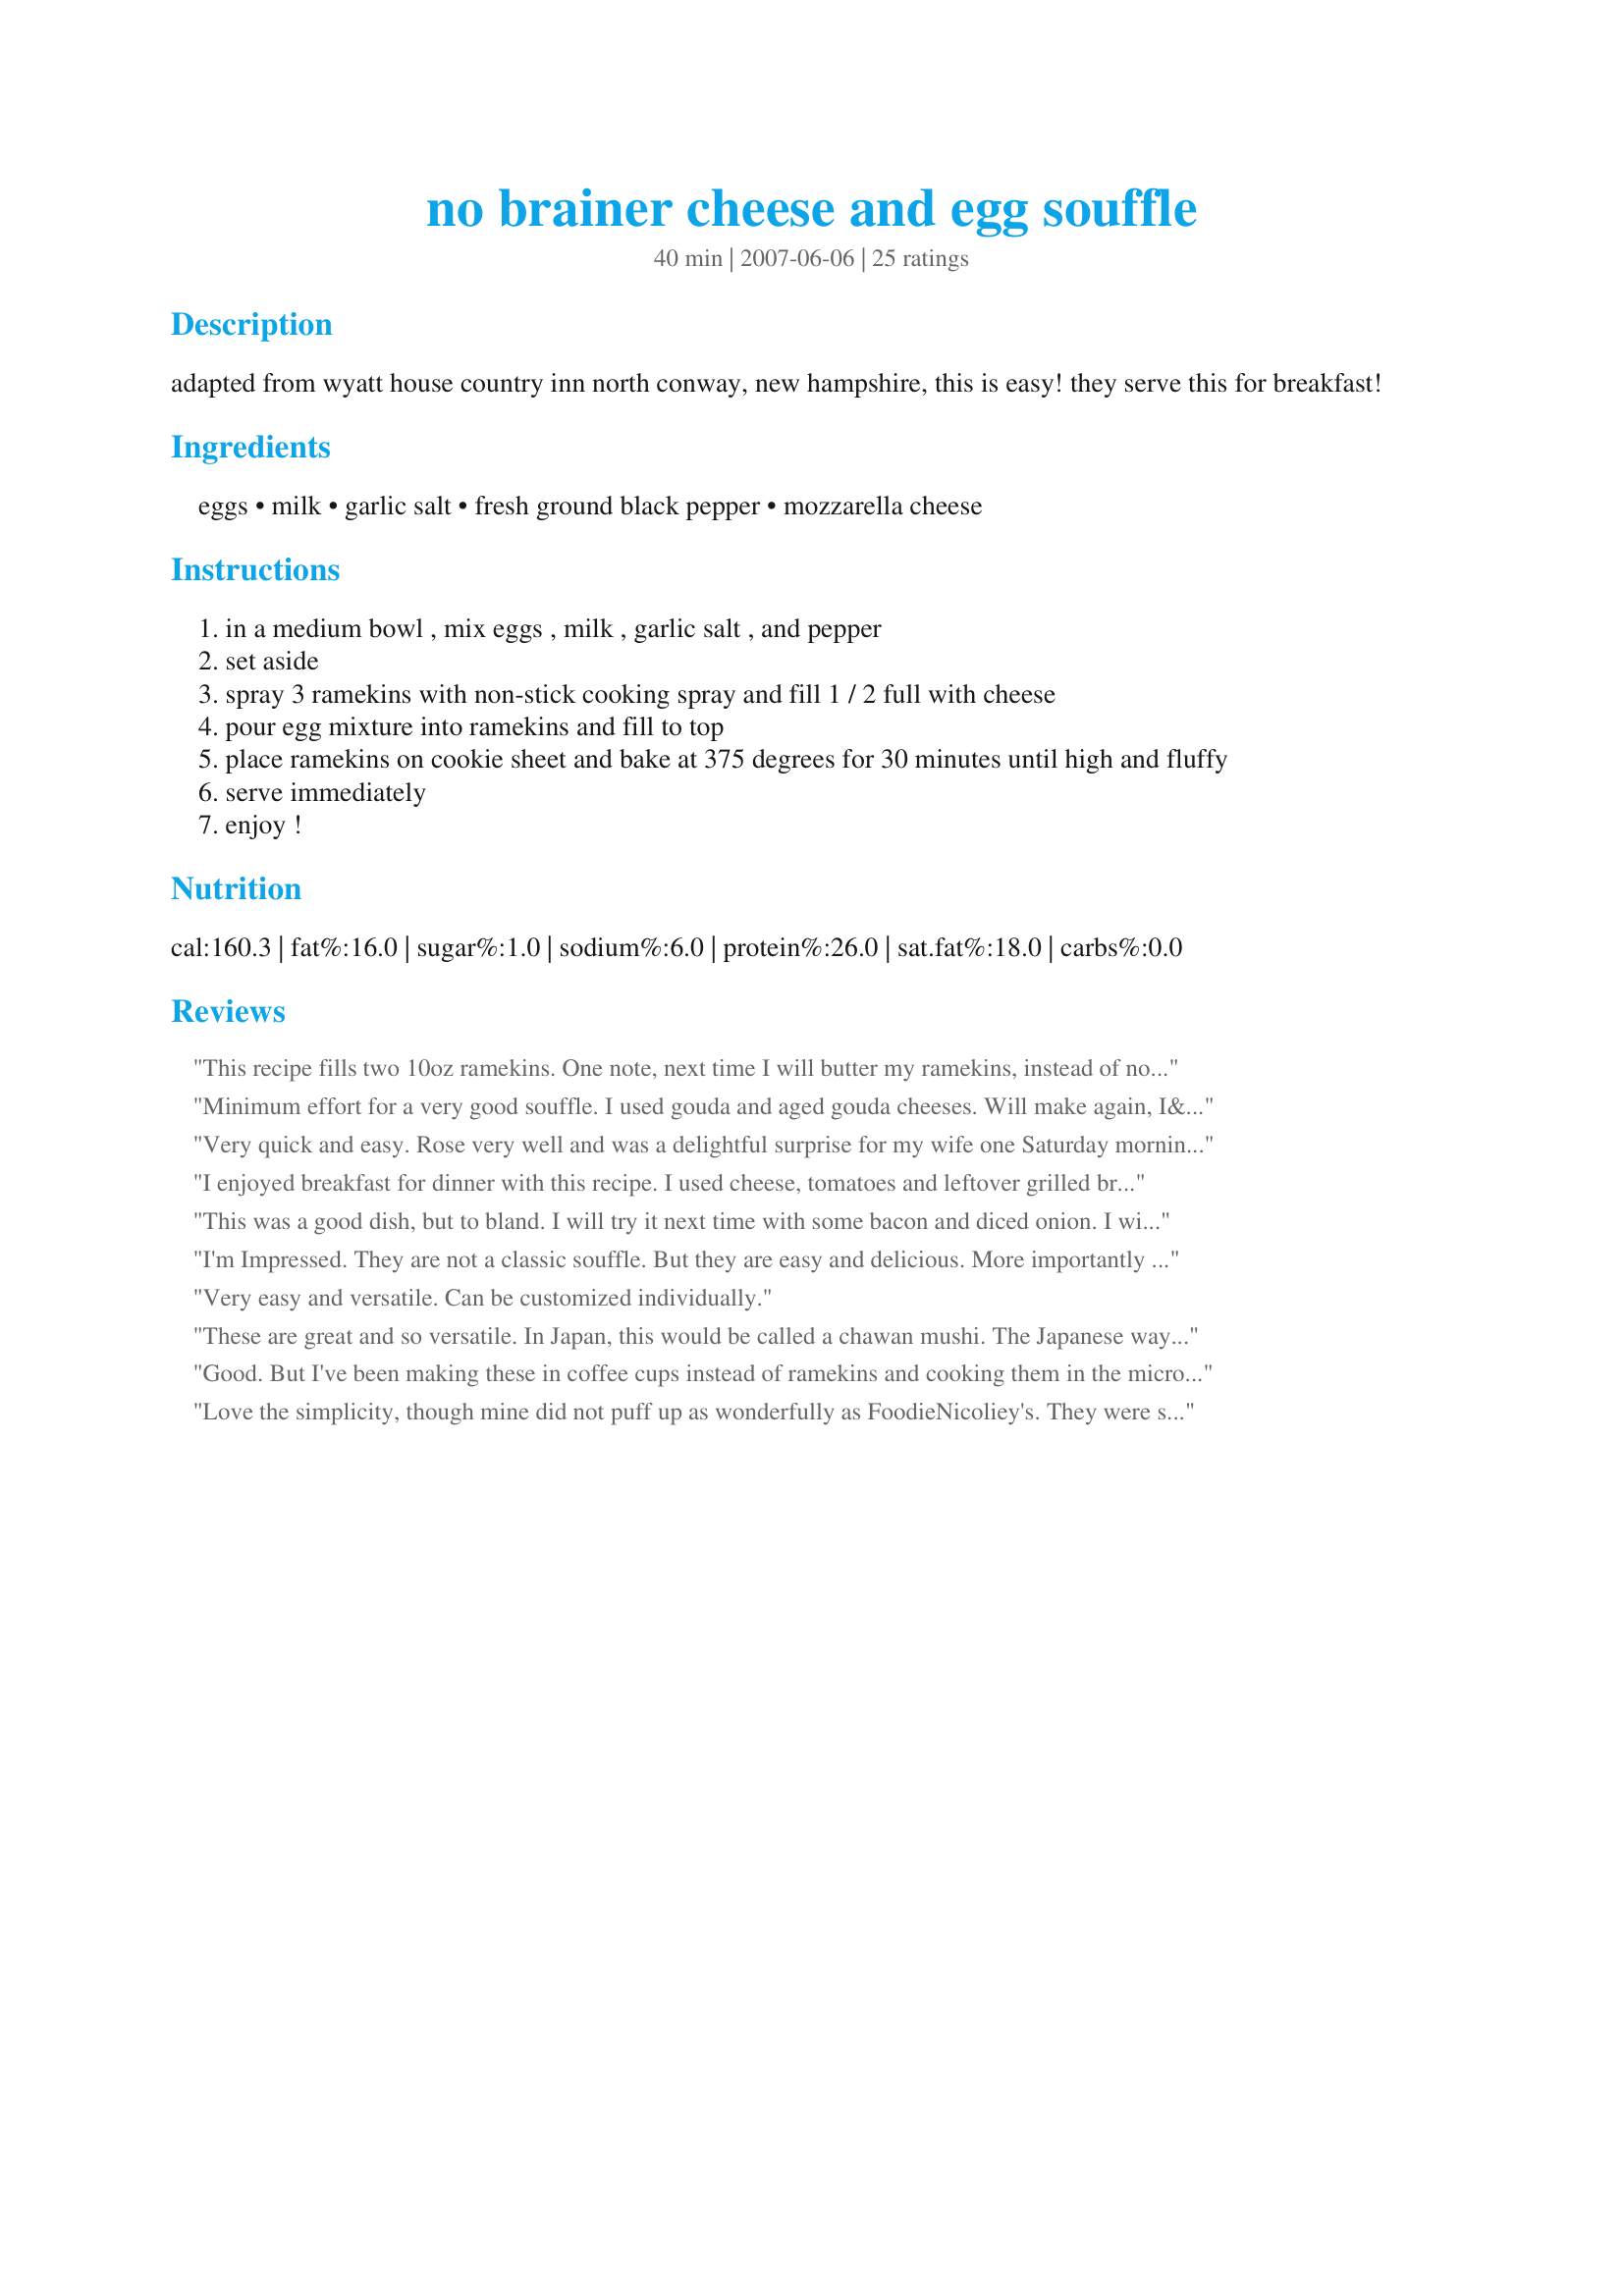
no brainer cheese and egg souffle
Preparation time: 40 minutes

adapted from wyatt house country inn
north conway, new hampshire, this is easy! they serve this for breakfast!

Ingredients:
eggs, milk, garlic salt, fresh ground black pepper, mozzarella cheese

Steps:
in a medium bowl , mix eggs , milk , garlic salt , and pepper
set aside
spray 3 ramekins with non-stick cooking spray and fill 1 / 2 full with cheese
pour egg mixture into ramekins and fill to top
place ramekins on cookie sheet and bake at 375 degrees for 30 minutes until high and fluffy
serve immediately
enjoy !

Reviews:
This recipe fills two 10oz ramekins. One note, next time I will butter my ramekins, instead of non stick spray. They stuck, with a crazy result!!
Minimum effort for a very good souffle. I used gouda and aged gouda cheeses. Will make again, I&#039;m sure.
Very quick and easy. Rose very well and was a delightful surprise for my wife one Saturday morning. Added bacon, swiss and cheddar along with bellpeppers. She loved it! It only filled two ramekins instead of three however.
I enjoyed breakfast for dinner with this recipe. I used cheese, tomatoes and leftover grilled broccoli at the bottom of the ramekins and it still turned out puffy. This &quot;no brainer cheese and egg souffle&quot; its almost like a &quot;real&quot; souffle and has made its way into my regular dishes to make.
This was a good dish, but to bland. I will try it next time with some bacon and diced onion. I will make it again, but it needs more flavor.
I'm Impressed. They are not a classic souffle. But they are easy and delicious. More importantly they rose with no trouble and you can add anything to them. I only have individual square ramikins... and was worried they won't rise as it isn't round. But they did rise... no problems there. The kids really enjoyed it. Which says a lot as they are my harshest critics.
Very easy and versatile. Can be customized individually.
These are great and so versatile. In Japan, this would be called a chawan mushi. The Japanese way may include shrimp, anchovy and or seaweed. Personally, I like mine with bacon. : )
Good. But I've been making these in coffee cups instead of ramekins and cooking them in the microwave! I butter the coffee cups because we don't use cooking spray, and butter tastes so much better. Only takes about one minute in the microwave. They don't get brown like they do in the oven, but they taste great just the same, and make a super fast and delicious breakfast before scooting out the door in the morning. The oven method is perfect on the weekends when you've got more time, but you can enjoy them in an instant on busy mornings using the microwave. Puffs up beautifully - like magic! Keep an eye on it, though, because it may be done before the minute is up. Nice to have both methods to choose from. Try it!
Love the simplicity, though mine did not puff up as wonderfully as FoodieNicoliey's. They were still delicious. I added roasted red peppers, scallions, jalapenos and sausage and used extra sharp cheddar and pepperjack for the cheese and enjoyed them with some corn pancakes for breakfast. I'll definitely be making these again; maybe next time I'll try going italian with them (I'm thinking spinach, artichoke hearts, pancetta, and parmesean)!
I'd never made a souffl&eacute; before this as I have to admit I was scared!! I always hear things about how souffl&eacute;s are hard and easy to mess up, so I haven't bothered. This however? So easy and tastes great!! Love the fact that the mozzarella makes it ultra gooey!
These are not really souffles - the technique is not there, whatever they are though, they are easy (definitely easier than a souffle) and delicious. I used a ham and mozz blend and made this for our breakfast today. The kids loved eating their individual 'puffs' out of ramekins and I loved that it all came together so easily. Thanks Sharon.
These were easy to make and are easy to customize. I roughly chopped some bacon and added over the cheese. I used ramekins that were too large/too flat. My puffs were done after 30 minutes and were a tad dry - I should have thought this through better, but finding the willow felled in last night's storm distracted me a bit!
This was good for a cheater &quot;souffl&eacute;&quot; used xtra-sharp cheddar and cayenne.
It doesn&#039;t get any easier! Made it this morning for the family and not one bite was left over for the dogs. I added some pre-diced frozen onions and green peppers with cheddar and it turned out perfect. With 5 minutes of prep work, this breakfast can be made on a work or school day with ease.
I prepared this today in the morning and it was 'Delicious' believe me.. My son was here and working and he took a break and ate one ramekin fresh from the oven and exclaimed it was 'terrific,mum'!!!! This was so easy to prepare and I had all the ingredients..no separating eggs etc.,etc. ...This shall be my 'stand-by for breakfast ,lunch or dinner with a salad or veggies`...I thank you so for an easy,innovative and delish main course!!! Please keep the ideas` coming!! Thank you!!!
Super easy!!! And delicious! And make a nice impression! We used pepperjack cheese and put sauteed peppers and onions with the pepperjack in the bottom. They puffed up beautifully and tasted amazing. Then ate them with avocado, sour cream and salsa for a southwest kick! We'll definitely be making these again.
This was fabulous and super easy! I am a new cook, and my boyfriend was super impressed with this meal, great thing is! I didn&#039;t do much! The recipe is wonderful!
I added bacon with Asiago cheese! Light fluffy and delicious!
These are awesome and so easy. I have made several times, like other reviewers, the additions you can make are endless
Super easy & super fun for light dinner. The kids liked it too! I love the idea of making individual servings in a ramekin. I sauteed onions, sweet bell pepper and mushrooms and added some diced ham to the egg & cheese. YUM! Thanks Sharon 123
Super easy and versatile!
I was so happy with the rise on these and they are so easy to make. Needed something fast and uncomplicated for dinner last night and this was perfect. Added bacon, finally chopped red peppers and onions to the pain and served with a side of hashbrowns - everyone enjoyed them.
Very easy and delicious! I added spinach and mozzarella (along with the recommended pepper and garlic) and they turned out beautifully in taste and presentation.
Super scare it wouldn't turn out, considering it was my first time, but I was so surprised... It tastes really great, especially with some cayenne and avocado. Just curious... is this an actual souffl&eacute; ? I do recommend trying it regardless.
